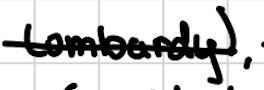
Text: Lombardy),
Cross-out: single-line
Writing tool: digital_black